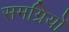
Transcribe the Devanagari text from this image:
समग्रियों